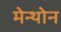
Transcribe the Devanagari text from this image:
मेन्थोन